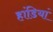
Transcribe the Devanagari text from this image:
हांडियां